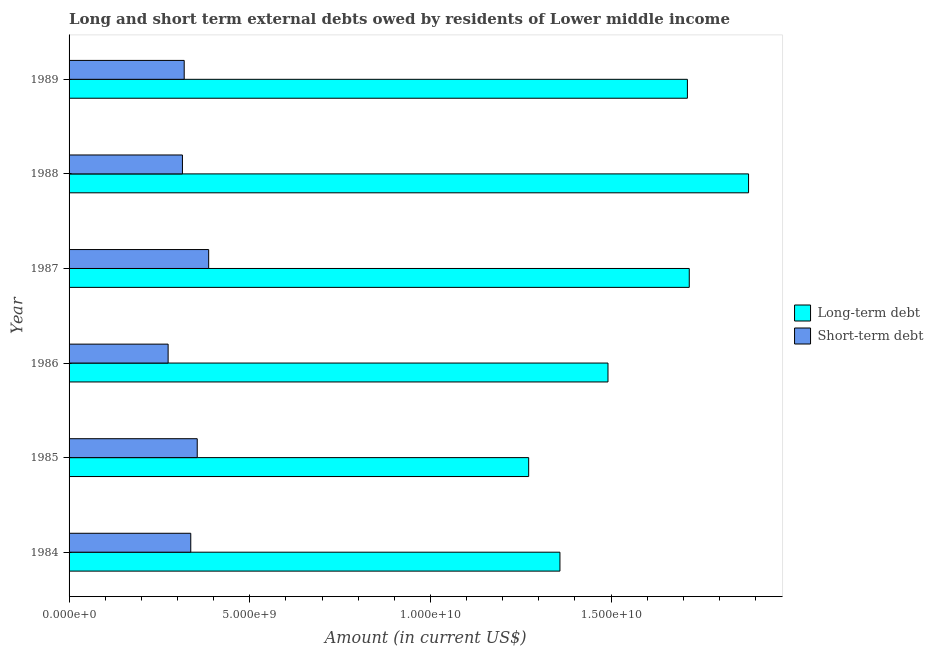
| Year | Long-term debt | Short-term debt |
 | --- | --- | --- |
 | 1984 | 1.36e+10 | 3.37e+09 |
 | 1985 | 1.27e+10 | 3.55e+09 |
 | 1986 | 1.49e+10 | 2.74e+09 |
 | 1987 | 1.72e+10 | 3.86e+09 |
 | 1988 | 1.88e+10 | 3.14e+09 |
 | 1989 | 1.71e+10 | 3.19e+09 |